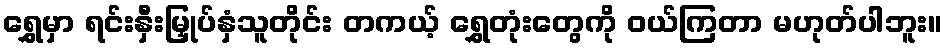
ရွှေမှာ ရင်းနှီးမြှုပ်နှံသူတိုင်း တကယ့် ရွှေတုံးတွေကို ဝယ်ကြတာ မဟုတ်ပါဘူး။